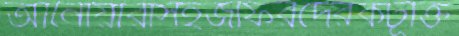
আনোয়ারাসহজাফরদেরকটূক্তি